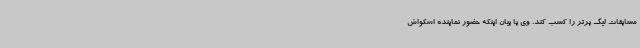
مسابقات لیگ برتر را کسب کند. وی با بیان اینکه حضور نماینده اسکواش